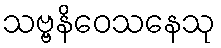
သဗ္ဗနိဝေသနေသု